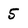
Character: 5